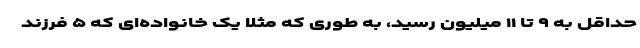
حداقل به ۹ تا ۱۱ میلیون رسید، به طوری که مثلا یک خانواده‌ای که ۵ فرزند